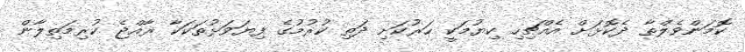
ކޮމަންވެލްތާ ދެކޮޅަށް އެއްޗިހި ކިޔުމަކީ ހަރުކަށި ދަތި ކުރުމުގެ ފިޔަވަޅުތަކަކާ ރާއްޖެ ކުރިމަތިލާން